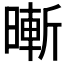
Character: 𣊙